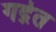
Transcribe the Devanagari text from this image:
गद्गेत